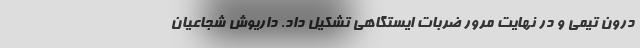
درون تیمی و در نهایت مرور ضربات ایستگاهی تشکیل داد. داریوش شجاعیان